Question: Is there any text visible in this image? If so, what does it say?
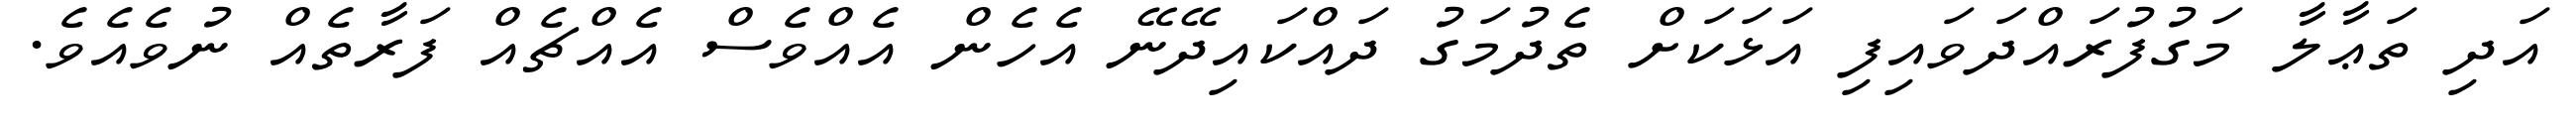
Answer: އަދި ތަޢާލާ މަގުފުރައްދަވައިފި އަޅަކަށް ތެދުމަގު ދައްކައިދޭނޭ އެހެން އެއްވެސް އެއްޗެއް ފަރާތެއް ނުވެއެވެ.